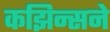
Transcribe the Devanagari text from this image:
कझिन्सने